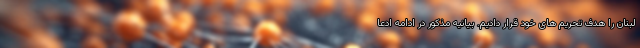
لبنان را هدف تحریم های خود قرار دادیم. بیانیه مذکور در ادامه ادعا